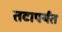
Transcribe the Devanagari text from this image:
तटापर्यंत